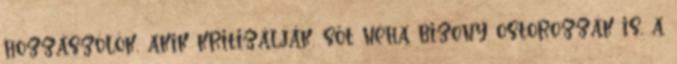
hozzászólók, akik kritizálják, sőt néha bizony ostorozzák is, a